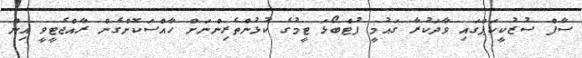
ސާފް ސުޒުކީކަޕްގައި ވާދަކުރާ ގައުމީ ފުޓްބޯޅަ ޓީމުގެ ކުޅުންތެރިންނަށް ހާއްސަކޮށްގެން ރާއްޖެޓީވީ އިން